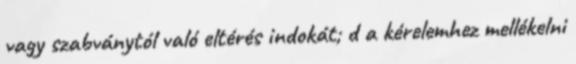
vagy szabványtól való eltérés indokát; d a kérelemhez mellékelni